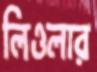
লিওলার